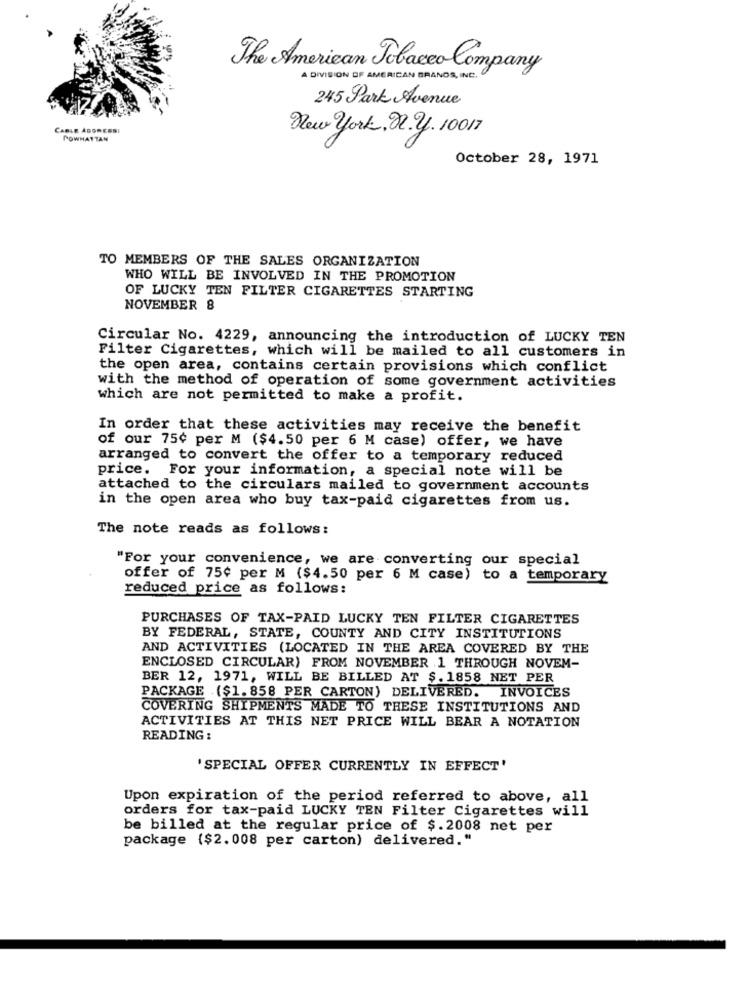
The American Tobacco Company
A DIVISION OF AMERICAN BRANDS, INC.
245 Park Avenue
CABLE AGGRESSI
New york, n. y. 10017
POWHATTAN
October 28, 1971
TO MEMBERS OF THE SALES ORGANIZATION
WHO WILL BE INVOLVED IN THE PROMOTION
OF LUCKY TEN FILTER CIGARETTES STARTING
NOVEMBER 8
Circular No. 4229, announcing the introduction of LUCKY TEN
Filter Cigarettes, which will be mailed to all customers in
the open area, contains certain provisions which conflict
with the method of operation of some government activities
which are not permitted to make a profit.
In order that these activities may receive the benefit
of our 75¢ per M ($4.50 per 6 M case) offer, we have
arranged to convert the offer to a temporary reduced
price. For your information, a special note will be
attached to the circulars mailed to government accounts
in the open area who buy tax-paid cigarettes from us.
The note reads as follows:
"For your convenience, we are converting our special
offer of 75¢ per M ($4.50 per 6 M case) to a temporary
reduced price as follows:
PURCHASES OF TAX-PAID LUCKY TEN FILTER CIGARETTES
BY FEDERAL, STATE, COUNTY AND CITY INSTITUTIONS
AND ACTIVITIES (LOCATED IN THE AREA COVERED BY THE
ENCLOSED CIRCULAR) FROM NOVEMBER 1 THROUGH NOVEM-
BER 12, 1971, WILL BE BILLED AT $. 1858 NET PER
PACKAGE ($1.858 PER CARTON) DELIVERED. INVOICES
COVERING SHIPMENTS MADE TO THESE INSTITUTIONS AND
ACTIVITIES AT THIS NET PRICE WILL BEAR A NOTATION
READING :
'SPECIAL OFFER CURRENTLY IN EFFECT'
Upon expiration of the period referred to above, all
orders for tax-paid LUCKY TEN Filter Cigarettes will
be billed at the regular price of $.2008 net per
package ($2.008 per carton) delivered."